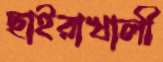
ছাইরাখালী